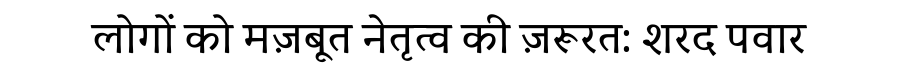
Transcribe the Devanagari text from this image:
लोगों को मज़बूत नेतृत्व की ज़रूरत: शरद पवार